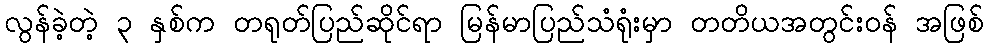
လွန်ခဲ့တဲ့ ၃ နှစ်က တရုတ်ပြည်ဆိုင်ရာ မြန်မာပြည်သံရုံးမှာ တတိယအတွင်းဝန် အဖြစ်